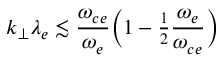
k _ { \perp } \lambda _ { e } \lesssim \frac { \omega _ { c e } } { \omega _ { e } } \Big ( 1 - { \textstyle \frac { 1 } { 2 } } \frac { \omega _ { e } } { \omega _ { c e } } \Big )